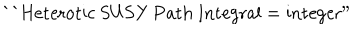
\mathrm { ` ` H e t e r o t i c ~ S U S Y ~ P a t h ~ I n t e g r a l } = \mathrm { i n t e g e r " }